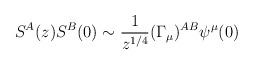
LaTeX: \begin{align*}S^A(z)S^B(0)\sim \frac{1}{ z^{1/4}}(\Gamma_\mu)^{AB}\psi^\mu(0)\end{align*}